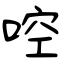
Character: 啌